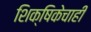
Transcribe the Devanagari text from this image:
शिक्षिकेचाही